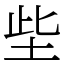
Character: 㘹